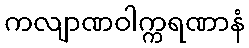
ကလျာဏဝါက္ကရဏာနံ